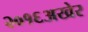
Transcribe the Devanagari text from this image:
२०१६अखेर